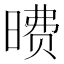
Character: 𪰶